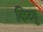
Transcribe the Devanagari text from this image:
किटवु